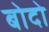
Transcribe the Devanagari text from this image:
बोदो